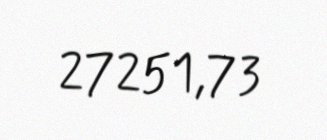
27251,73